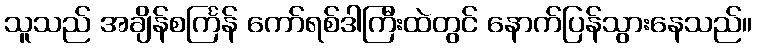
သူသည် အချိန်စင်္ကြန် ကော်ရစ်ဒါကြီးထဲတွင် နောက်ပြန်သွားနေသည်။